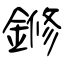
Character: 鎀